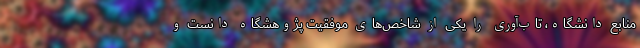
منابع دانشگاه، تاب‌آوری را یکی از شاخص‌های موفقیت پژوهشگاه دانست و